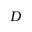
D